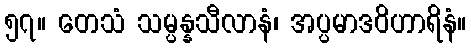
၅၇။ တေသံ သမ္ပန္နသီလာနံ၊ အပ္ပမာဒဝိဟာရိနံ။